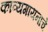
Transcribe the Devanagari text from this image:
काव्यगायनाचे